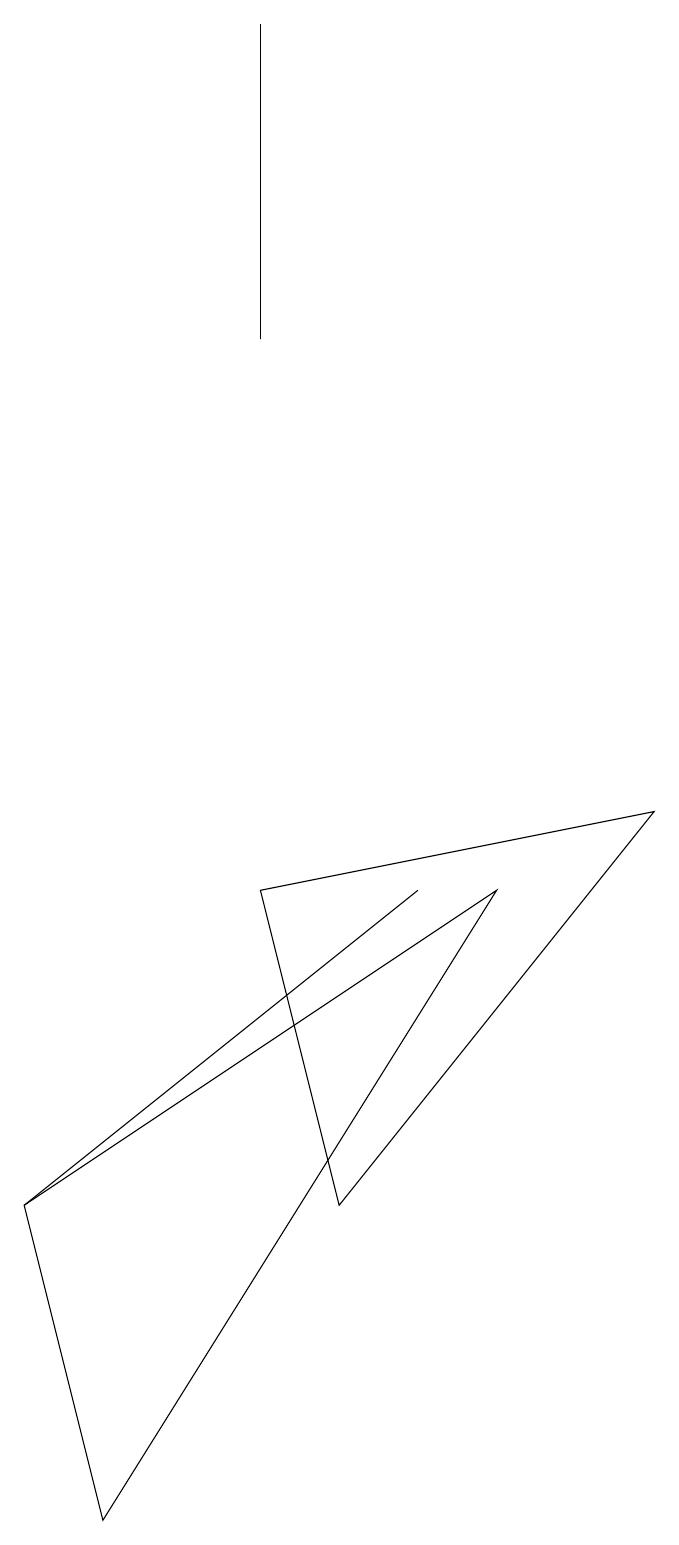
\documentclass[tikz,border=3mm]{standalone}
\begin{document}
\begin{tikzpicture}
\draw (0,4) -- (5,8) -- (5,8) -- cycle;
\draw (3,15) rectangle (3,19);
\draw (1,0) -- (6,8) -- (0,4) -- cycle;
\draw (3,8) -- (4,4) -- (8,9) -- cycle;
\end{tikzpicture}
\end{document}